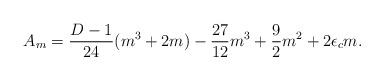
LaTeX: \begin{align*}A_{m}=\frac{D-1}{24}(m^{3}+2m)-\frac{27}{12}m^{3}+\frac{9}{2}m^{2}+2\epsilon_c m.\end{align*}